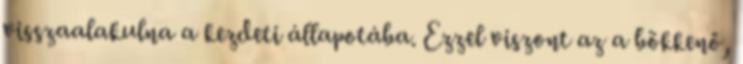
visszaalakulna a kezdeti állapotába. Ezzel viszont az a bökkenő,